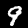
Label: 9